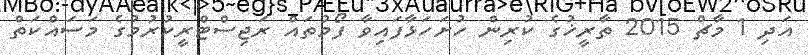
އަދި 1 މާޗް 2015 ތާރީޚުގެ ކުރިން ހުށަހަޅާފައިވާ ފޯމުތައް ރަޖިސްޓްރީކުރުމުގެ މަސައްކަތް